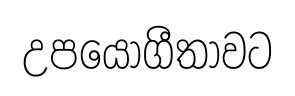
උපයෝගීතාවට